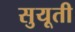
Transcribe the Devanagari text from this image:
सुयूती